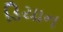
ડિયાન